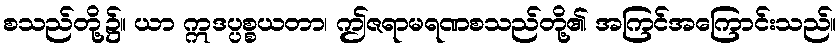
စသည်တို့၌။ ယာ ဣဒပ္ပစ္စယတာ၊ ဤဇရာမရဏစသည်တို့၏ အကြင်အကြောင်းသည်။